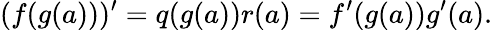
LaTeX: (f(g(a)))^{\prime}=q(g(a))r(a)=f^{\prime}(g(a))g^{\prime}(a).